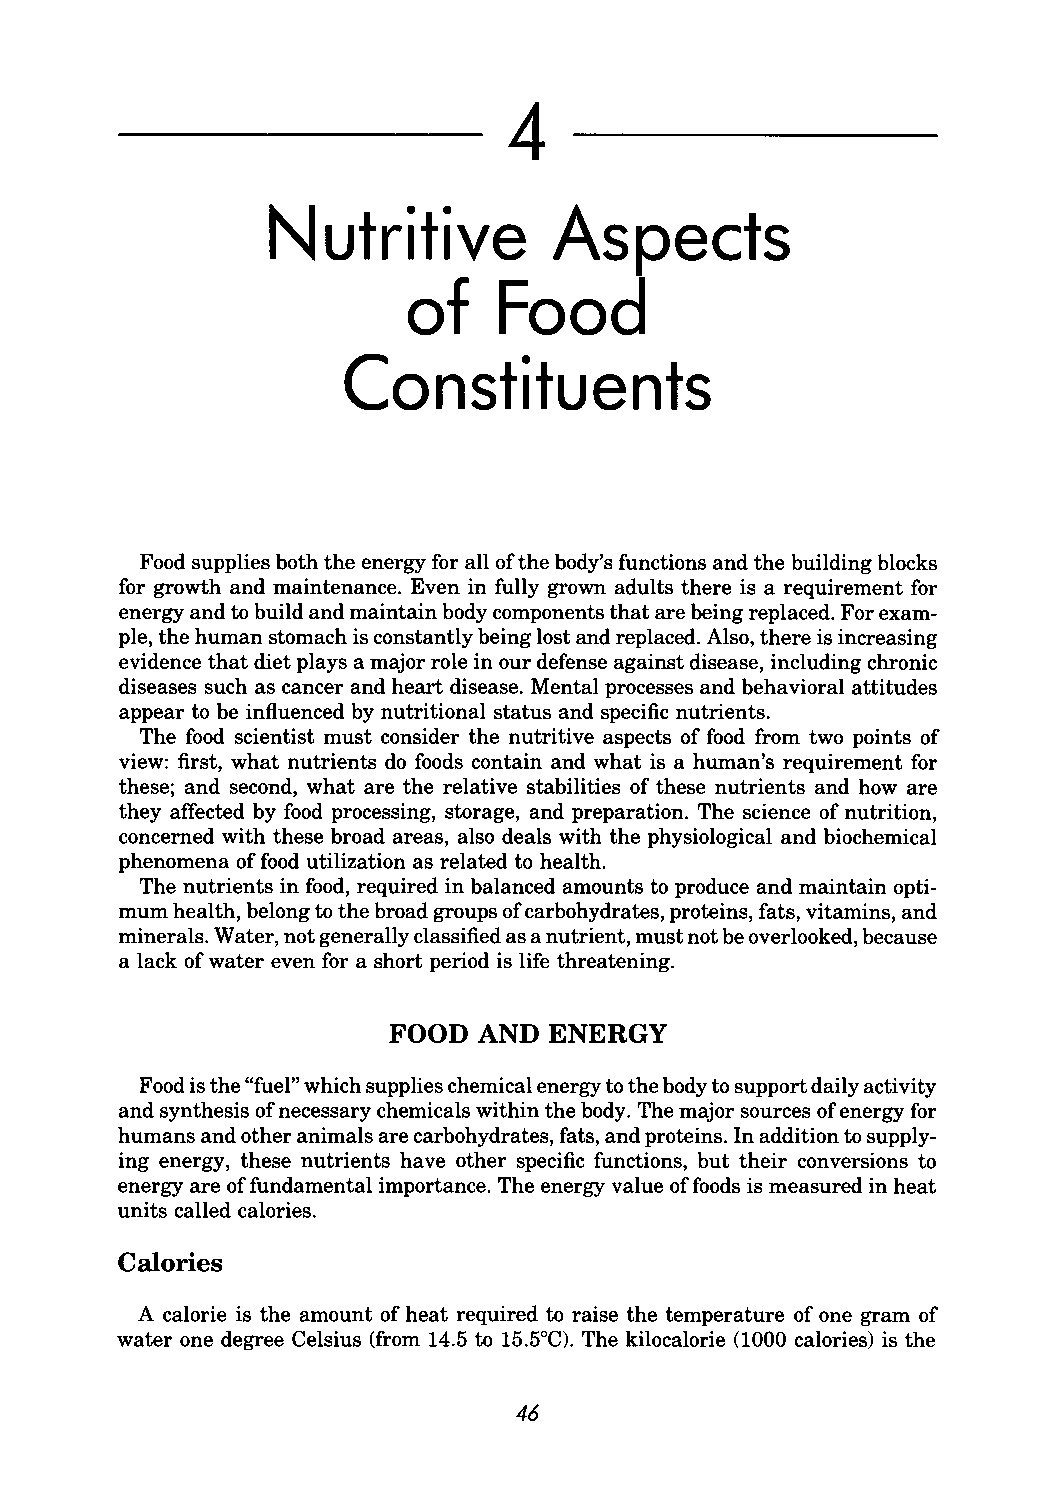
4
 Nutritive          Aspects
 of    Food
 Constituents
 Food supplies both the energy for all of the body's functions and the building blocks
 for growth and maintenance. Even in fully grown adults there is a requirement for
 energy and to build and maintain body components that are being replaced. For exam
 ple, the human stomach is constantly being lost and replaced. Also, there is increasing
 evidence that diet plays a major role in our defense against disease, including chronic
 diseases such as cancer and heart disease. Mental processes and behavioral attitudes
 appear to be influenced by nutritional status and specific nutrients.
 The food scientist must consider the nutritive aspects of food from two points of
 view: first, what nutrients do foods contain and what is a human's requirement for
 these; and second, what are the relative stabilities of these nutrients and how are
 they affected by food processing, storage, and preparation. The science of nutrition,
 concerned with these broad areas, also deals with the physiological and biochemical
 phenomena of food utilization as related to health.
 The nutrients in food, required in balanced amounts to produce and maintain opti
 mum health, belong to the broad groups of carbohydrates, proteins, fats, vitamins, and
 minerals. Water, not generally classified as a nutrient, must not be overlooked, because
 a lack of water even for a short period is life threatening.
 FOOD  AND ENERGY
 Food is the "fuel" which supplies chemical energy to the body to support daily activity
 and synthesis of necessary chemicals within the body. The major sources of energy for
 humans and other animals are carbohydrates, fats, and proteins. In addition to supply
 ing energy, these nutrients have other specific functions, but their conversions to
 energy are of fundamental importance. The energy value of foods is measured in heat
 units called calories.
 Calories
 A calorie is the amount of heat required to raise the temperature of one gram of
 water one degree Celsius (from 14.5 to 15.5°C). The kilocalorie (1000 calories) is the
 46